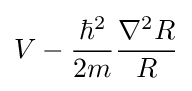
V-{\frac {\hbar ^{2}}{2m}}{\frac {\nabla ^{2}R}{R}}